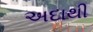
અદાથી